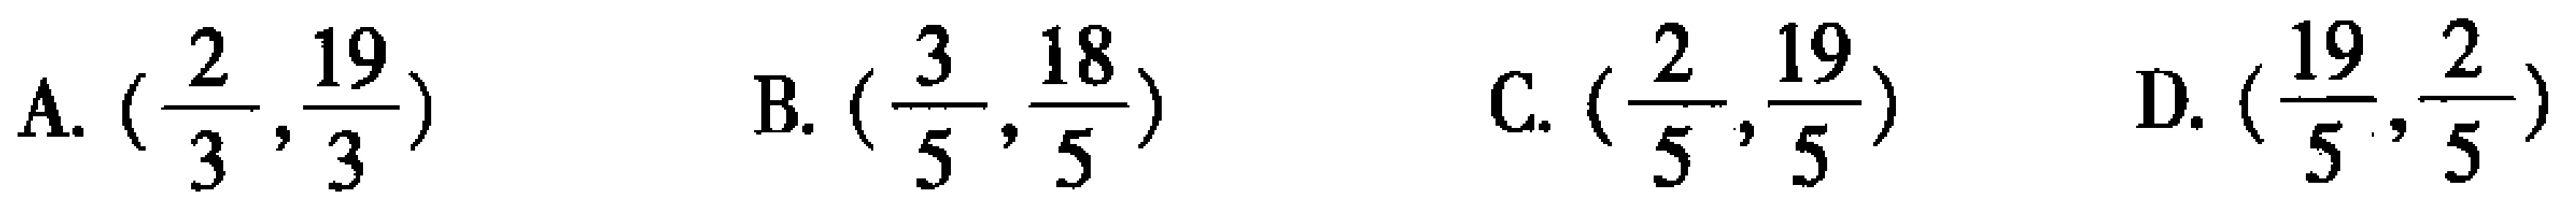
A. \((\frac{2}{3},\frac{19}{3})\)  B. \((\frac{3}{5},\frac{18}{5})\)  C. \((\frac{2}{5},\frac{19}{5})\)  D. \((\frac{19}{5},\frac{2}{5})\)